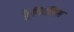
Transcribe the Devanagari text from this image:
फ़्रैजिलिस